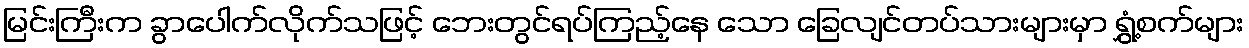
မြင်းကြီးက ခွာပေါက်လိုက်သဖြင့် ဘေးတွင်ရပ်ကြည့်နေ သော ခြေလျင်တပ်သားများမှာ ရွှံ့စက်များ